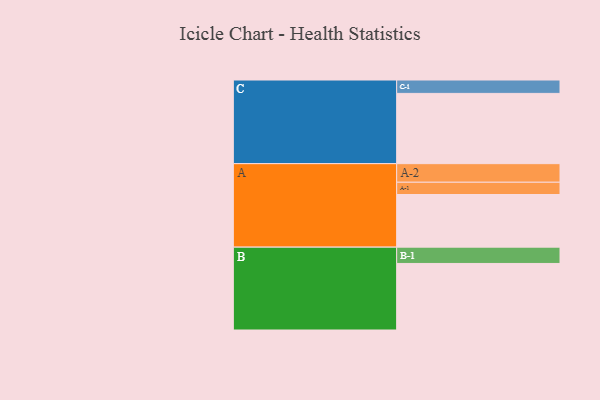
{"axis": {"x": "Segment", "y": "Value"}, "legend": ["", "A", "B", "C"], "data": [{"x": "A", "y": 326, "type": ""}, {"x": "B", "y": 412, "type": ""}, {"x": "C", "y": 435, "type": ""}, {"x": "A-1", "y": 76, "type": "A"}, {"x": "A-2", "y": 115, "type": "A"}, {"x": "B-1", "y": 101, "type": "B"}, {"x": "C-1", "y": 83, "type": "C"}]}